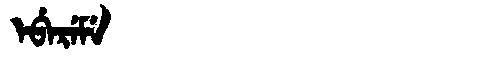
Manchu: ᡝᠪᡝᡵᡝᠮᡝ
Romanization: EBEREME